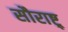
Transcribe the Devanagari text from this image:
सौराष्ट्र्